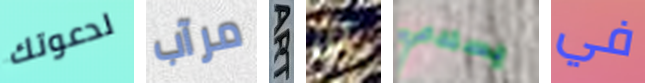
لدعوتك مرآب ART لن يستدعي في